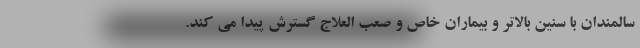
سالمندان با سنین بالاتر و بیماران خاص و صعب العلاج گسترش پیدا می کند.